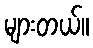
များတယ်။